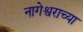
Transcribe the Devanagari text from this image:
नागेश्वराच्या